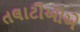
તલાટીઓએ